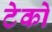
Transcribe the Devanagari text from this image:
टेको